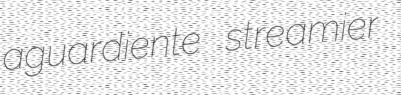
aguardiente streamier